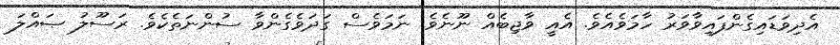
އެދިވަޑައިގެންފައިވާވަރު ހާމަވެއެވެ. އެއީ ވާޖިބެއް ނޫނެވެ. ނަމަވެސް ގަދަވެގެންވާ ސުންނަތެކެވެ. ރަސޫލު ޞައްލަ